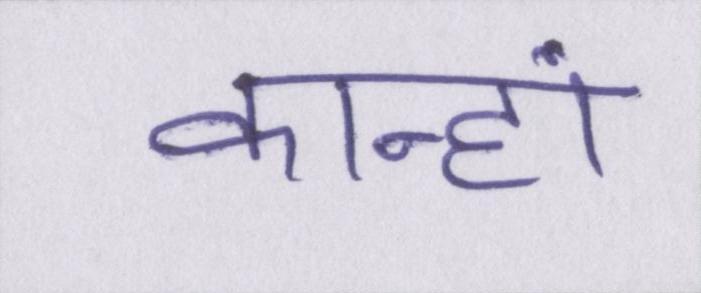
कान्हां